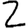
Digit: 2